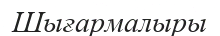
Шығармалыры